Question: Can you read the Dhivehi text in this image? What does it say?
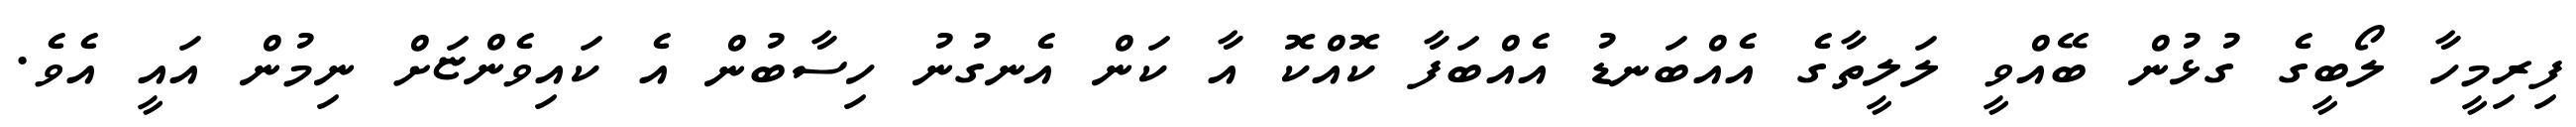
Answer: ފިރިމީހާ ލޯބީގެ ގުޅުން ބޭއްވީ ލަލީތާގެ އެއްބަނޑު އެއްބަފާ ކޮއްކޮ އާ ކަން އެނގުނު ހިސާބުން އެ ކައިވެންޏަށް ނިމުން އައީ އެވެ.